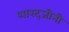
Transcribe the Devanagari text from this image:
शारद्जीनी